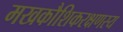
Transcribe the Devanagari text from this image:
मखकौशिकरक्षणस्य